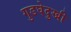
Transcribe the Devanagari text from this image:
गुडघेदुखी